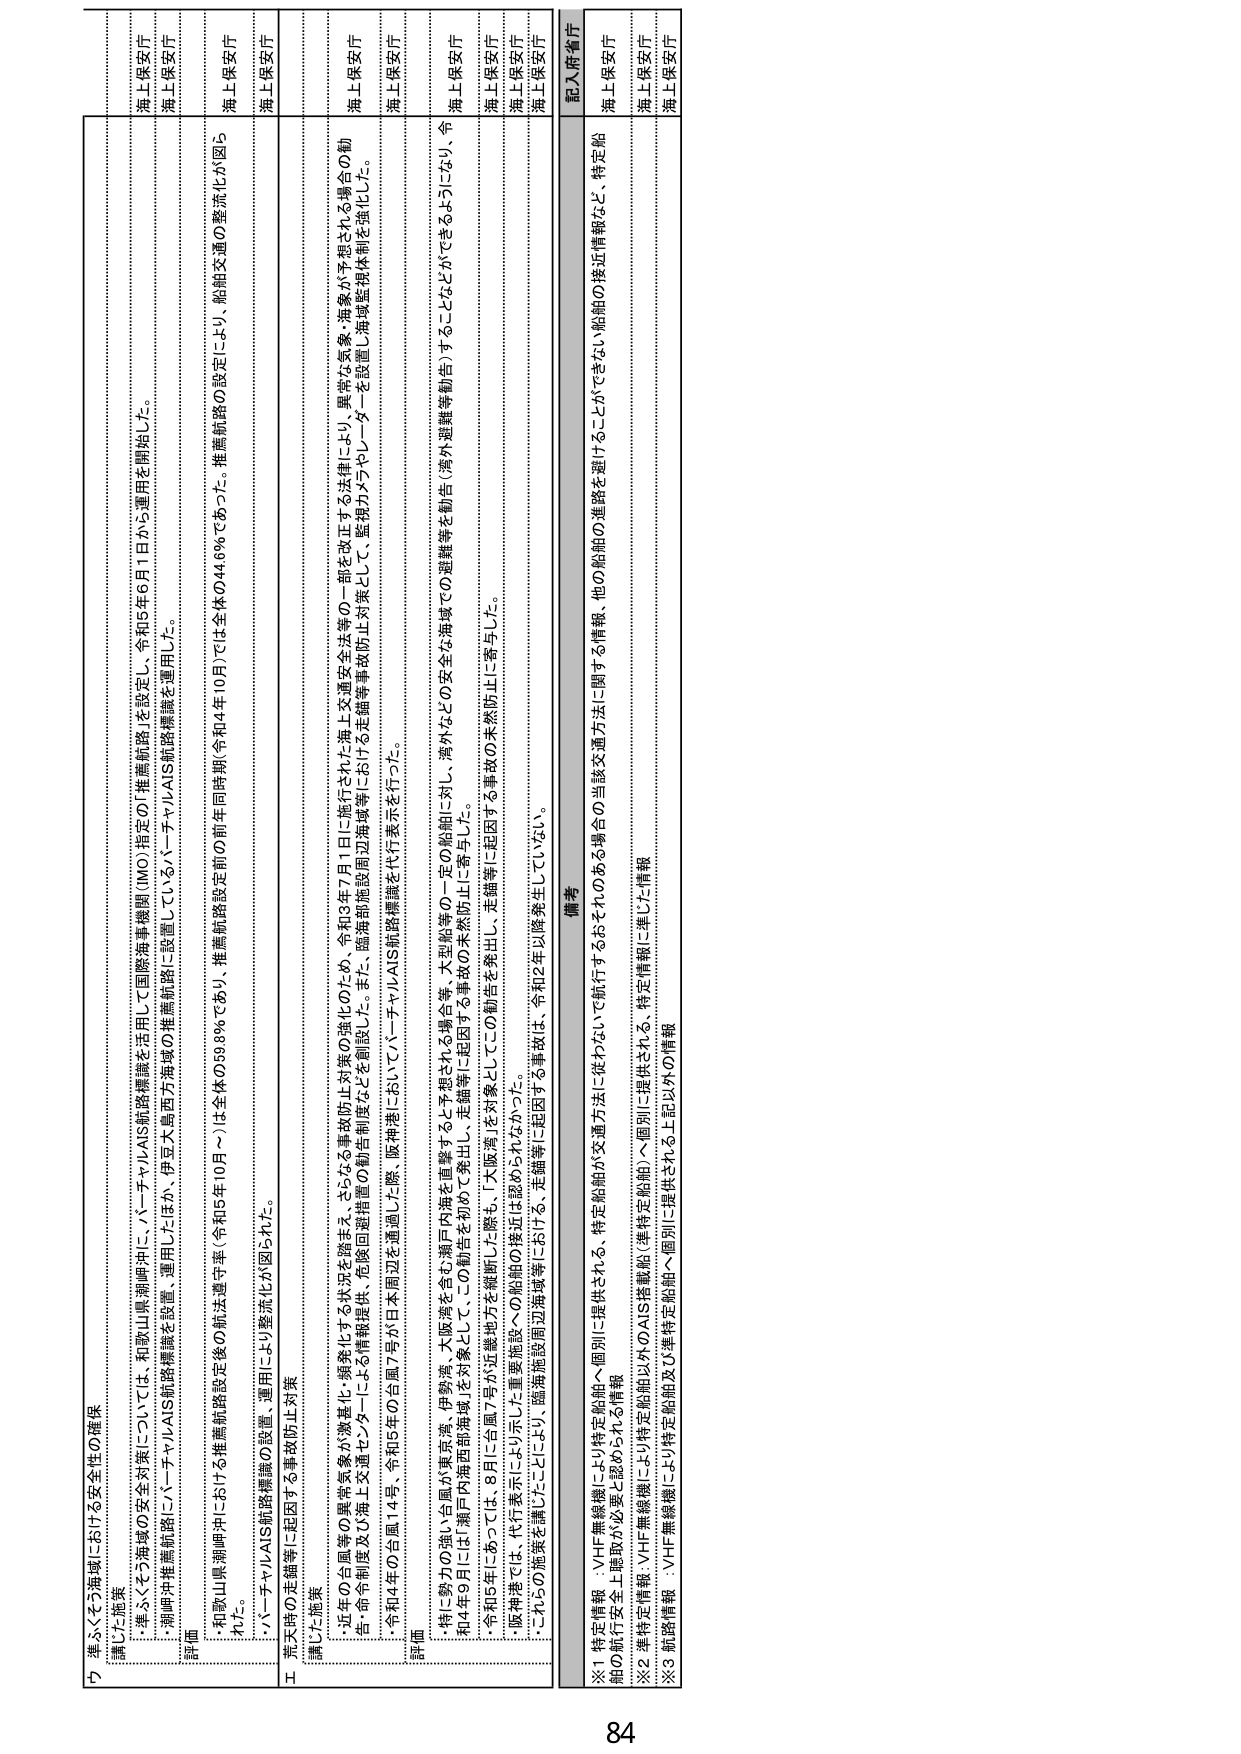
▽ 漂ふくそう海域における安全性の確保
講じた施策
・漂ふくそう海域の安全対策については、和歌山県沖岬沖に、バーチャルAIS航路標識を活用して国際海事機関（IMO）指定の「推薦航路」を設定し、令和5年6月1日から運用を開始した。
・別岬沖推薦航路にバーチャルAIS航路標識を設置、運用したほか、伊豆大島西方海域の推薦航路に設置しているバーチャルAIS航路標識を運用した。
評価
・和歌山県沖岬沖における推薦航路設定後の航法遵守率（令和5年10月～）は全体の59.8％であり、推薦航路設定前の前年同時期（令和4年10月）では全体の44.6％であった。推薦航路の設定により、船舶交通の整流化が図られた。
・バーチャルAIS航路標識の設置、運用により整流化が図られた。
□ 実施時の走錨等に起因する事故防止対策
講じた施策
・近年の台風等の異常気象が激甚化・頻発化する状況を踏まえ、さらなる事故防止対策の強化のため、令和3年7月1日に施行された海上交通安全法等の一部を改正する法律により、異常な気象・海象が予想される場合の勧告・命令制度及び海上交通センターによる情報提供、危険回避措置の勧告制度などを創設した。また、臨海部施設周辺海域等における走錨等事故防止対策として、監視カメラやレーダーを設置し海域監視体制を強化した。
・令和4年の台風14号、令和5年の台風7号が日本周辺を通過した際、阪神港においてバーチャルAIS航路標識を代行表示を行った。
評価
・特に勢力の強い台風が東京湾、伊勢湾、大阪湾を含む瀬戸内海を直撃すると予想される場合等、大型船舶に対し、海外などの安全な海域での避難等を勧告（海外避難等勧告）することができるようになり、令和4年9月には「瀬戸内海西部海域」を対象として、この勧告を初めて発出し、走錨等に起因する事故の未然防止に寄与した。
・令和5年においては、8月に台風7号が近畿地方を縦断した際も、「大阪湾」を対象としてこの勧告を発出し、走錨等に起因する事故の未然防止に寄与した。
・阪神港では、代行表示により示した重要施設への船舶の接近は認められなかった。
・これらの施策を講じたことにより、臨海施設周辺海域等における、走錨等に起因する事故は、令和2年以降発生していない。
備考
※1 特定情報：VHF無線機により特定船舶へ個別に提供される、特定船舶が交通方法に従わないと航行するおそれのある場合の当該交通方法に関する情報、他の船舶の進路を避けることができない船舶の接近情報など、特定船舶の航行安全上聴取が必要と認められる情報
※2 離特定情報：VHF無線機により特定船舶（準特定船舶）へ個別に提供される、特定情報に準じた情報
※3 航路情報：VHF無線機により特定船舶及び準特定船舶へ個別に提供される上記以外の情報
記入府省庁
海上保安庁
海上保安庁
海上保安庁
海上保安庁
海上保安庁
海上保安庁
海上保安庁
海上保安庁
海上保安庁
海上保安庁
海上保安庁
海上保安庁
海上保安庁
海上保安庁
海上保安庁
海上保安庁
84